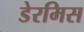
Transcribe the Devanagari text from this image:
डेरमिस